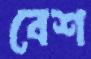
বেশ